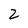
Character: 2